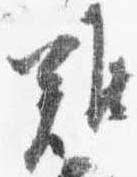
難